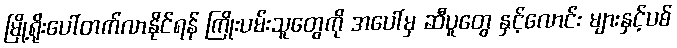
မြို့ရိုးပေါ်တက်လာနိုင်ရန် ကြိုးပမ်းသူတွေကို အပေါ်မှ ဆီပူတွေ နှင့်လောင်း များနှင့်ပစ်